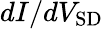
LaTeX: dI/dV_{\mathrm{SD}}